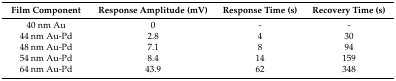
| Film Component | Response Amplitude (mV) | Response Time (s) | Recovery Time (s) |
 | --- | --- | --- | --- |
 | 40 nm Au | 0 | - | - |
 | 44 nm Au-Pd | 2.8 | 4 | 30 |
 | 48 nm Au-Pd | 7.1 | 8 | 94 |
 | 54 nm Au-Pd | 8.4 | 14 | 159 |
 | 64 nm Au-Pd | 43.9 | 62 | 348 |